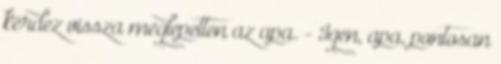
kérdez vissza meglepetten az apa. - Igen, apa, pontosan